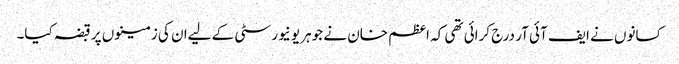
کسانوں نے ایف آئی آر درج کرائی تھی کہ اعظم خان نے جوہر یونیورسٹی کے لیےان کی زمینوں پر قبضہ کیا۔